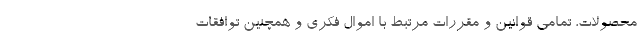
محصولات، تمامی قوانین و مقررات مرتبط با اموال فکری و همچنین توافقات